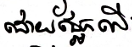
ដោយផ្អែកលើ